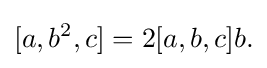
\displaystyle {[a,b^{2},c]=2[a,b,c]b.}